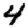
Digit: 4